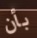
بأن